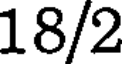
18/2